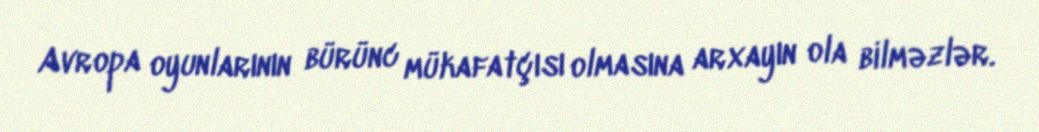
Avropa oyunlarının bürünc mükafatçısı olmasına arxayın ola bilməzlər.